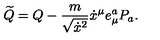
\widetilde Q = Q - { \frac { m } { \sqrt { \dot { x } ^ { 2 } } } } \dot { x } ^ { \mu } e _ { \mu } ^ { a } P _ { a } .